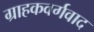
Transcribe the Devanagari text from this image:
ग्राहकवर्गवाद